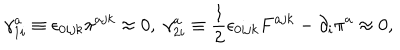
\gamma _ { 1 i } ^ { a } \equiv \epsilon _ { 0 i j k } \pi ^ { a j k } \approx 0 , \; \gamma _ { 2 i } ^ { a } \equiv \frac { 1 } { 2 } \epsilon _ { 0 i j k } F ^ { a j k } - \partial _ { i } \pi ^ { a } \approx 0 ,